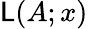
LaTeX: {\mathsf{L}}(A;x)